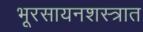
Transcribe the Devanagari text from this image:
भूरसायनशस्त्रात